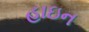
હાઇન